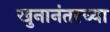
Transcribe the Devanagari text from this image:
खुनानंतरच्या